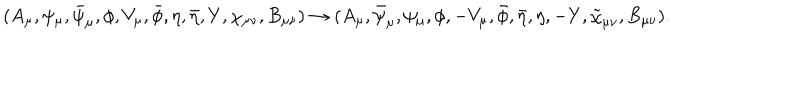
( A _ { \mu } , \psi _ { \mu } , \bar { \psi } _ { \mu } , \phi , V _ { \mu } , \bar { \phi } , \eta , \bar { \eta } , Y , \chi _ { \mu \nu } , B _ { \mu \nu } ) \rightarrow ( A _ { \mu } , \bar { \psi } _ { \mu } , \psi _ { \mu } , \phi , - V _ { \mu } , \bar { \phi } , \bar { \eta } , \eta , - Y , \tilde { \chi } _ { \mu \nu } , B _ { \mu \nu } ) .